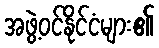
အဖွဲ့ဝင်နိုင်ငံများ၏